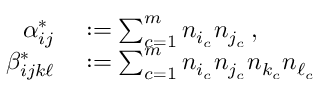
\begin{array} { r l } { \alpha _ { i j } ^ { * } } & { { } : = \sum _ { c = 1 } ^ { m } n _ { i _ { c } } n _ { j _ { c } } \, , } \\ { \beta _ { i j k \ell } ^ { * } } & { { } : = \sum _ { c = 1 } ^ { m } n _ { i _ { c } } n _ { j _ { c } } n _ { k _ { c } } n _ { \ell _ { c } } } \end{array}